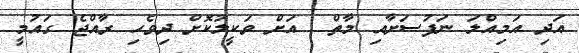
އަދި އަމިއްލަ ނަފުސަށާއި މާތް  އަށް ވަކީލުކޮށް ދިވެހި ރާއްޖެ ގައުމީ